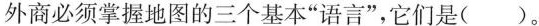
外商必须掌握地图的三个基本”语言”，它们是()。